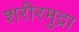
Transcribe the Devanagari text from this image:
शरीरमुद्रा